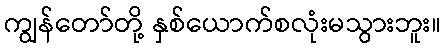
ကျွန်တော်တို့ နှစ်ယောက်စလုံးမသွားဘူး။